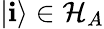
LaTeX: |\mathbf{i}\rangle\in\mathcal{{H}}_{A}